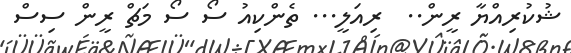
ޝުކުރިއްޔާ ރީން..  ރިއަލީ... ތެންކިއު ސޯ ސޯ މަޗް ރީން ސިސް